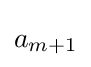
a_{m+1}